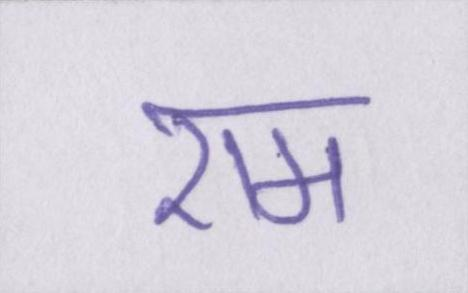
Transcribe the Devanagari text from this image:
एम